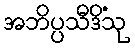
အဘိပ္ပသီဒိံသု